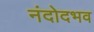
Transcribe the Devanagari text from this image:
नंदोदभव